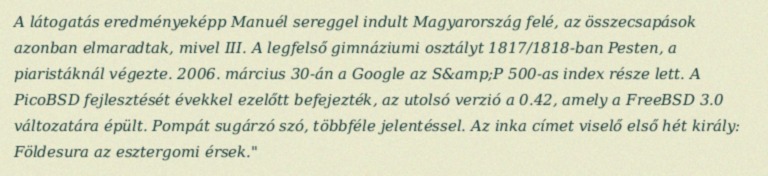
A látogatás eredményeképp Manuél sereggel indult Magyarország felé, az összecsapások azonban elmaradtak, mivel III. A legfelső gimnáziumi osztályt 1817/1818-ban Pesten, a piaristáknál végezte. 2006. március 30-án a Google az S&amp;P 500-as index része lett. A PicoBSD fejlesztését évekkel ezelőtt befejezték, az utolsó verzió a 0.42, amely a FreeBSD 3.0 változatára épült. Pompát sugárzó szó, többféle jelentéssel. Az inka címet viselő első hét király: Földesura az esztergomi érsek."